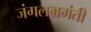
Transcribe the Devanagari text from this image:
जंगलभ्रमंती